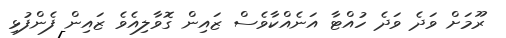
ރޫމަށް ވަދެ ވަދެ ހުއްޓާ އަނެއްކާވެސް ޒައިން ގޮވާލިއެވެ ޒައިން ފެންފުޅި